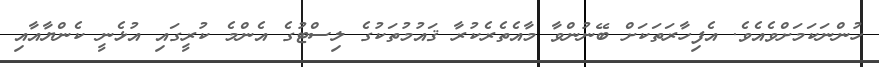
ހުންނަކަމަށްވެއެވެ. އެފިހާރަތަކަށް ބޭނުންވާ މާއެތެރެކުރާ ޤައުމުތަކުގެ ލިސްޓުގެ އެންމެ ކުރީގައި އުޅެނީ ކެންޔާއާއި